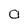
Character: O